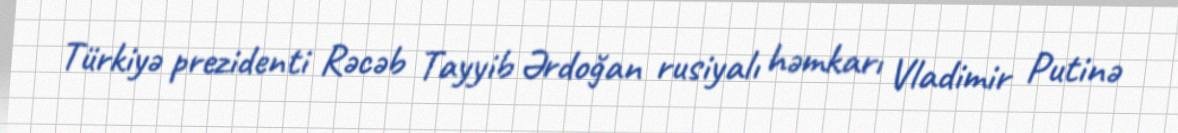
Türkiyə prezidenti Rəcəb Tayyib Ərdoğan rusiyalı həmkarı Vladimir Putinə